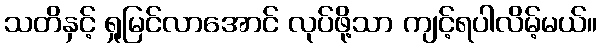
သတိနှင့် ရှုမြင်လာအောင် လုပ်ဖို့သာ ကျင့်ရပါလိမ့်မယ်။